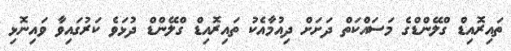
ތައިރޮއިޑް ގްލޭންޑްގެ މަސައްކަތް ދަށަށް ދިއުމާއެކު ތައިރޮއިޑް ގްލޭންޑް ދުޅަވެ ކަރުގައިވާ ވައިނޮޅި